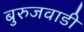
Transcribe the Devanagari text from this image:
बुरुजवाडी